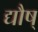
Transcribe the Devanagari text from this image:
द्यौष्